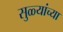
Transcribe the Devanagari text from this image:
सुळ्यांच्या